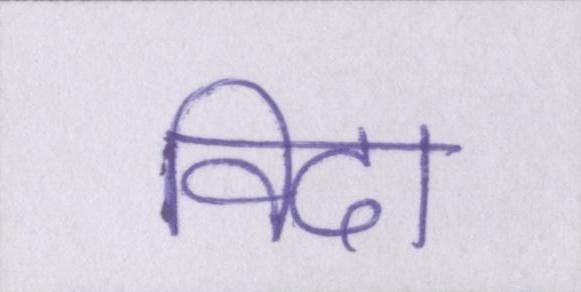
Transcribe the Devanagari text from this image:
विदा